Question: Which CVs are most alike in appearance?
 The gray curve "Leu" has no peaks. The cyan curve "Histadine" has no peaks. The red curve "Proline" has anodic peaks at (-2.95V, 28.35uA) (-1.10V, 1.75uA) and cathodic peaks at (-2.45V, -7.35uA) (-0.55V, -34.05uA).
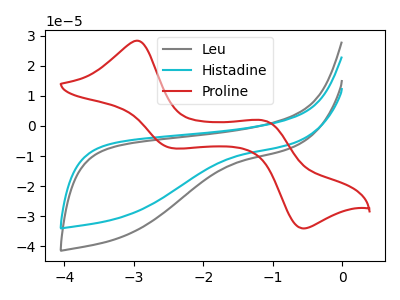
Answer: <think>Neither "Leu" or "Histadine" have any peaks. "Leu" and "Proline" have a different number of peaks. "Histadine" and "Proline" have a different number of peaks.
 </think>
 <answer>"Histadine" and "Leu" have the same shape and are likely CV's of the same chemical.</answer>
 <eval>"Histadine" "Leu"</eval>